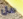
هل